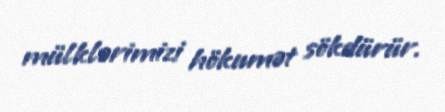
mülklərimizi hökumət sökdürür.